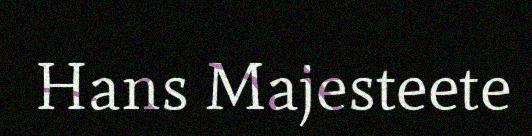
Hans Majesteete